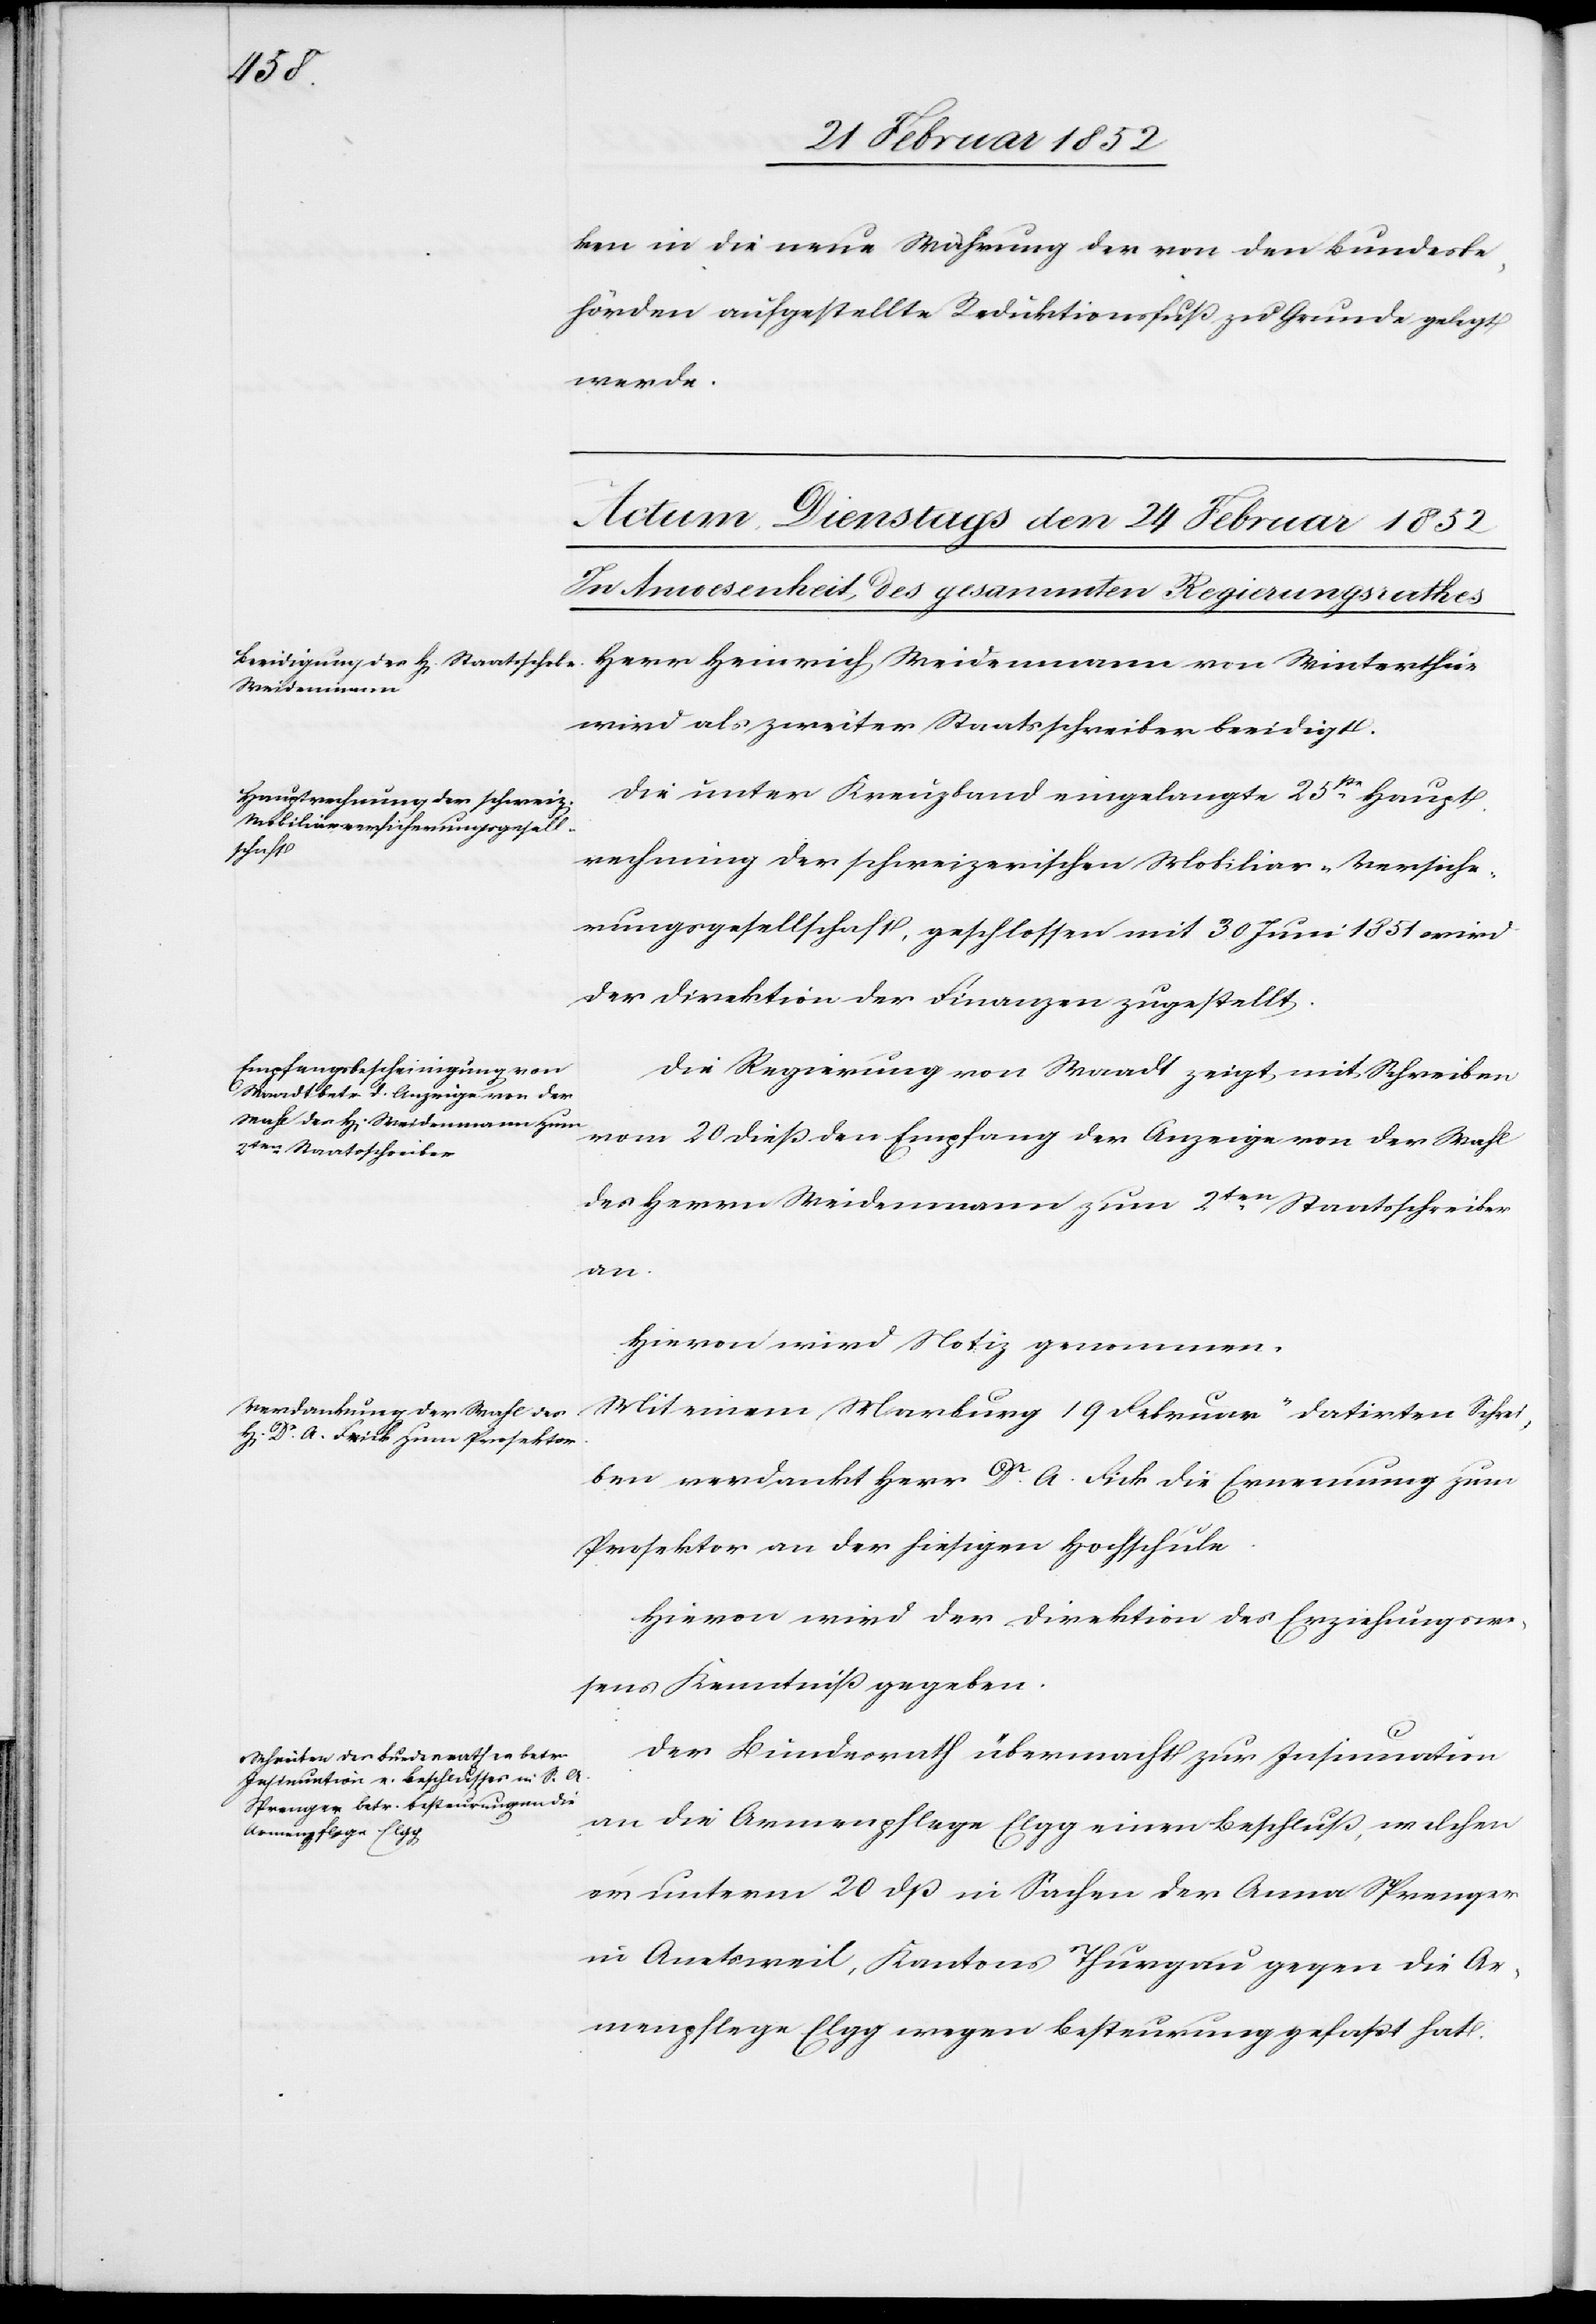
ken in die neue Währung der von den Bundesbe¬
hörden aufgestellte Reduktionsfluß zu Grunde gelegt
werde.
Herr Heinrich Weidemann von Winterthur
wird als zweiter Staatsschreiber beeidigt.
Die unter Kreuzband eingelangte 25ste Haupt¬
rechnung der schweizerischen Mobiliar-Versiche¬
rungsgesellschaft, geschlossen mit 30 Juni 1851 wird
der Direktion der Finanzen zugestellt.
Die Regierung von Waadt zeigt mit Schreiben
vom 20 dieß den Empfang der Anzeige von der Wahl
des Herrn Weidemann zum 2ten Staatsschreiber
an.
Hiervon wird Notiz genommen.
Mit einem Marburg 19 Februar datirten Schrei¬
ben verdankt Herr Dr. A. Fick die Ernennung zum
Prosektor an der hiesigen Hochschule.
Hievon wird der Direktion des Erziehungswe¬
sens Kenntniß gegeben.
Der Bundesrath übermacht zur Insinuation
an die Armenpflege Elgg einen Beschluß, welchen
er unterm 20 dß in Sachen der Anna Sprenger
in Amtsweil, Kenntniß Thurgau gegen die Ar¬
menpflege Elgg wegen Besteurung gefaßt hat.